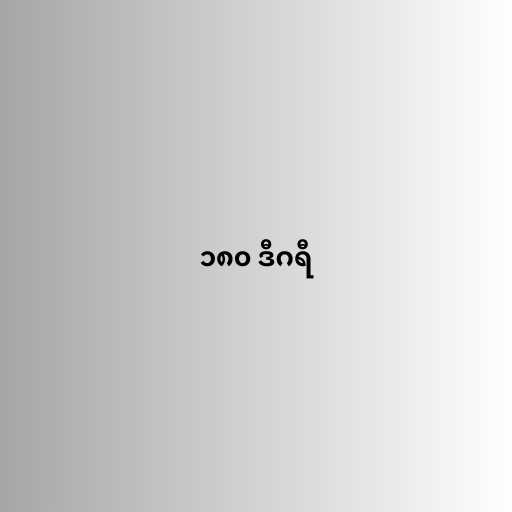
၁၈၀ ဒီဂရီ